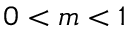
0 < m < 1